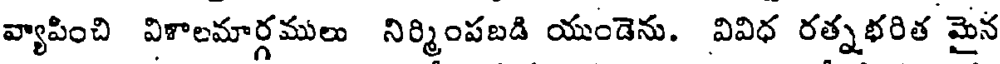
వ్యాపించి వికాలమార్గములు నిర్మింపబడి యుండెను. వివిధ రత్నభరిత మైన